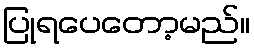
ပြုရပေတော့မည်။